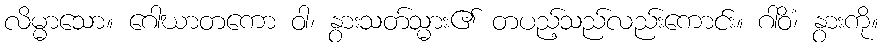
လိမ္မာသော။ ဂေါဃာတကော ဝါ၊ နွားသတ်သ္မား၏ တပည့်သည်လည်းကောင်း။ ဂါဝိံ၊ နွားကို။